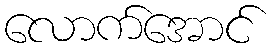
လောက်အောင်